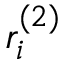
r _ { i } ^ { ( 2 ) }